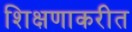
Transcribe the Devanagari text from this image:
शिक्षणाकरीत